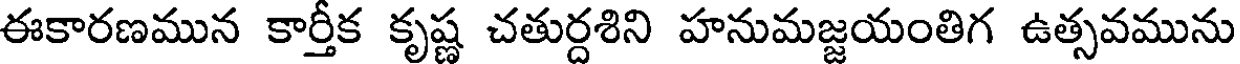
ఈకారణమున కార్తీక కృష్ణ చతుర్దశిని హనుమజ్జయంతిగ ఉత్సవమును